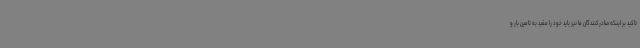
تاکید بر اینکه صادرکنندگان ما نیز باید خود را مقید به تامین بار و